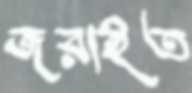
জরাইত